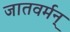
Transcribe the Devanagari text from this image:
जातवर्मन्‌